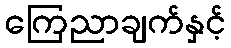
ကြေညာချက်နှင့်